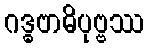
ဂဒ္ဓဗာဓိပုဗ္ဗဿ